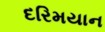
દરિમયાન